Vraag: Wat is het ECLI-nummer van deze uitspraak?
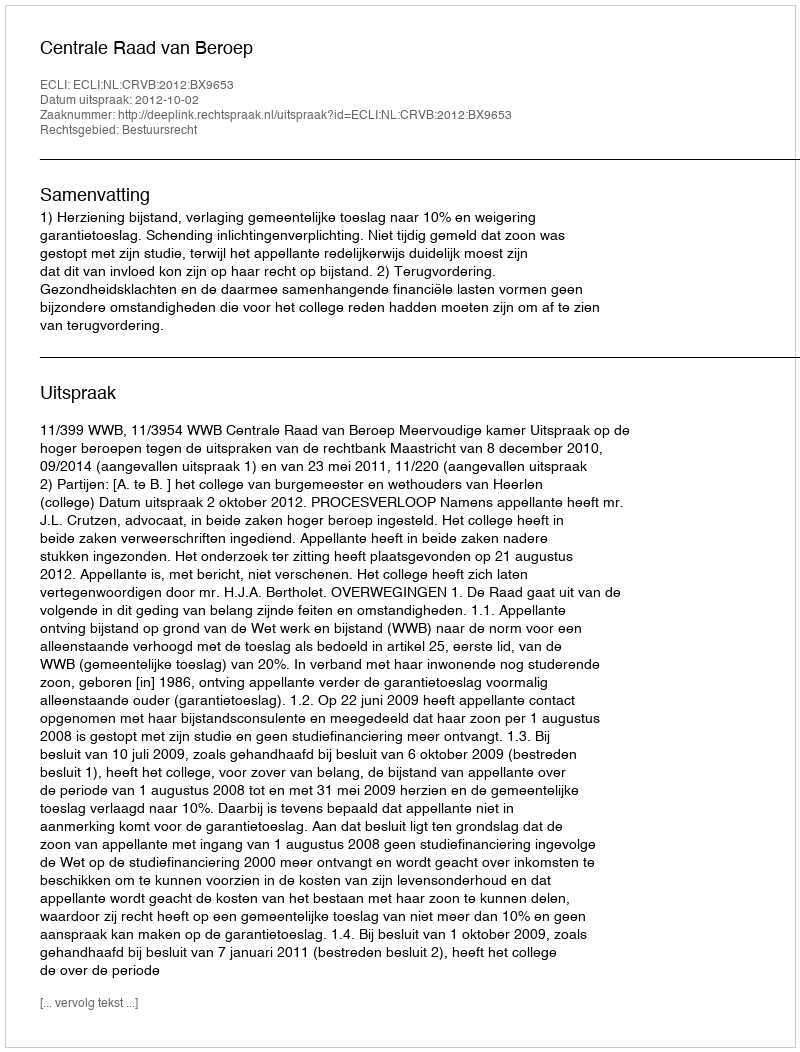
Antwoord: ECLI:NL:CRVB:2012:BX9653